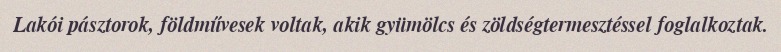
Lakói pásztorok, földművesek voltak, akik gyümölcs és zöldségtermesztéssel foglalkoztak.